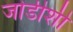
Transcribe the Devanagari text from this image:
जोडीशी